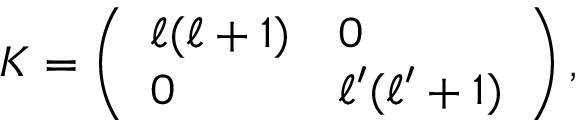
K = \left( \begin{array} { l l } { { \ell ( \ell + 1 ) } } & { { 0 } } \\ { { 0 } } & { { \ell ^ { \prime } ( \ell ^ { \prime } + 1 ) } } \end{array} \right) ,